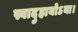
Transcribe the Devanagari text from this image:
स्वादुहायोऽया।